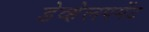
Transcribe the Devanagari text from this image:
डेव्हेलपमेंट